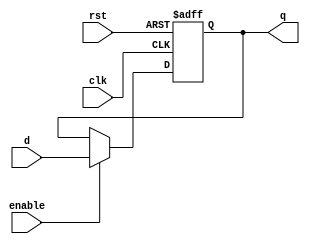
//Jos Alejandro Rodrguez Porras 19131
//Electrnica Digital 1
//Laboratorio 9
//Ejercicio 2 
//Flip Flop tipo T con Enable
module FFD1(input clk, rst, enable, d, output reg q);
    always @ (posedge clk or posedge rst) begin
        if (rst)
            q <= 0;
        else if (enable)
            q <= d;
        end 
endmodule

module FFT(input clk, rst, enable, output q);
    FFD1 ffd1(clk, rst, enable, ~q, q);
endmodule